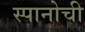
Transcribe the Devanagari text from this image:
स्पानोची